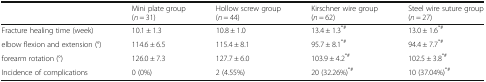
<table><thead><tr><td></td><td><b>Mini plate group (<i>n</i> = 31)</b></td><td><b>Hollow screw group (<i>n</i> = 44)</b></td><td><b>Kirschner wire group (<i>n</i> = 62)</b></td><td><b>Steel wire suture group (<i>n</i> = 27)</b></td></tr></thead><tbody><tr><td>Fracture healing time (week)</td><td>10.1 ± 1.3</td><td>10.8 ± 1.0</td><td>13.4 ± 1.3<sup>*#</sup></td><td>13.0 ± 1.6<sup>*#</sup></td></tr><tr><td>elbow flexion and extension (°)</td><td>114.6 ± 6.5</td><td>115.4 ± 8.1</td><td>95.7 ± 8.1<sup>*#</sup></td><td>94.4 ± 7.7<sup>*#</sup></td></tr><tr><td>forearm rotation (°)</td><td>126.0 ± 7.3</td><td>127.7 ± 6.0</td><td>103.9 ± 4.2<sup>*#</sup></td><td>102.5 ± 3.8<sup>*#</sup></td></tr><tr><td>Incidence of complications</td><td>0 (0%)</td><td>2 (4.55%)</td><td>20 (32.26%)<sup>*#</sup></td><td>10 (37.04%)<sup>*#</sup></td></tr></tbody></table>